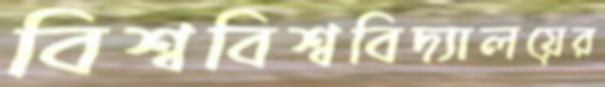
বিশ্ববিশ্ববিদ্যালয়ের